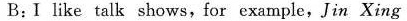
B:I like talk shows,for example,Jin Xing